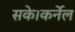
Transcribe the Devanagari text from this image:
सके।कर्नेल